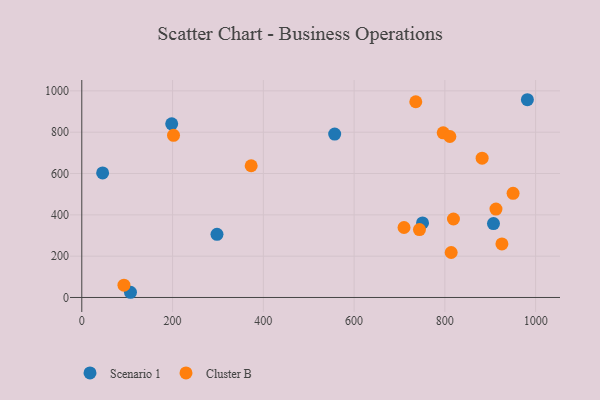
{"axis": {"x": "Price", "y": "Salary"}, "legend": ["Cluster B", "Scenario 1"], "data": [{"x": "557.2", "y": 790.7, "type": "Scenario 1"}, {"x": "981.8", "y": 957.1, "type": "Scenario 1"}, {"x": "45.9", "y": 602.8, "type": "Scenario 1"}, {"x": "750.8", "y": 360.9, "type": "Scenario 1"}, {"x": "198.1", "y": 840.3, "type": "Scenario 1"}, {"x": "907.1", "y": 357.6, "type": "Scenario 1"}, {"x": "297.9", "y": 305.9, "type": "Scenario 1"}, {"x": "107.3", "y": 25.2, "type": "Scenario 1"}, {"x": "925.7", "y": 259.4, "type": "Cluster B"}, {"x": "744.0", "y": 328.6, "type": "Cluster B"}, {"x": "92.9", "y": 59.7, "type": "Cluster B"}, {"x": "796.3", "y": 796.8, "type": "Cluster B"}, {"x": "912.6", "y": 427.8, "type": "Cluster B"}, {"x": "373.2", "y": 637.5, "type": "Cluster B"}, {"x": "813.9", "y": 217.7, "type": "Cluster B"}, {"x": "811.0", "y": 779.2, "type": "Cluster B"}, {"x": "950.3", "y": 503.9, "type": "Cluster B"}, {"x": "882.1", "y": 674.0, "type": "Cluster B"}, {"x": "202.1", "y": 784.9, "type": "Cluster B"}, {"x": "818.9", "y": 379.9, "type": "Cluster B"}, {"x": "735.9", "y": 947.4, "type": "Cluster B"}, {"x": "710.0", "y": 338.8, "type": "Cluster B"}]}